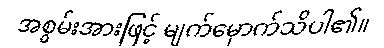
အစွမ်းအားဖြင့် မျက်မှောက်သိပါ၏။